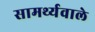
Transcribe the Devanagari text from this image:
सामर्थ्यवाले